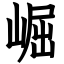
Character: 崛